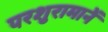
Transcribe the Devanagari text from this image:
परशुरामानें